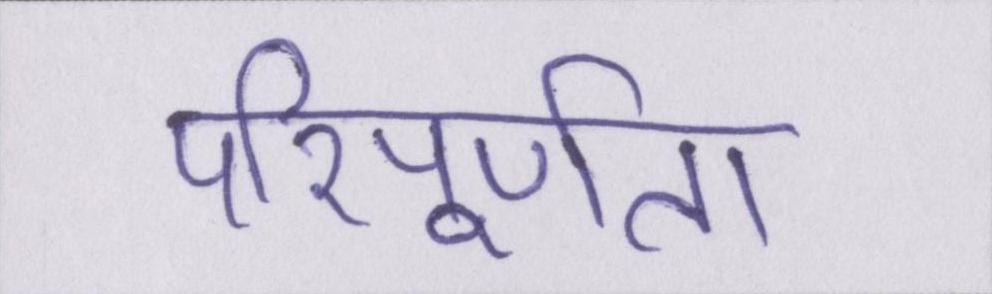
परिपूर्णता